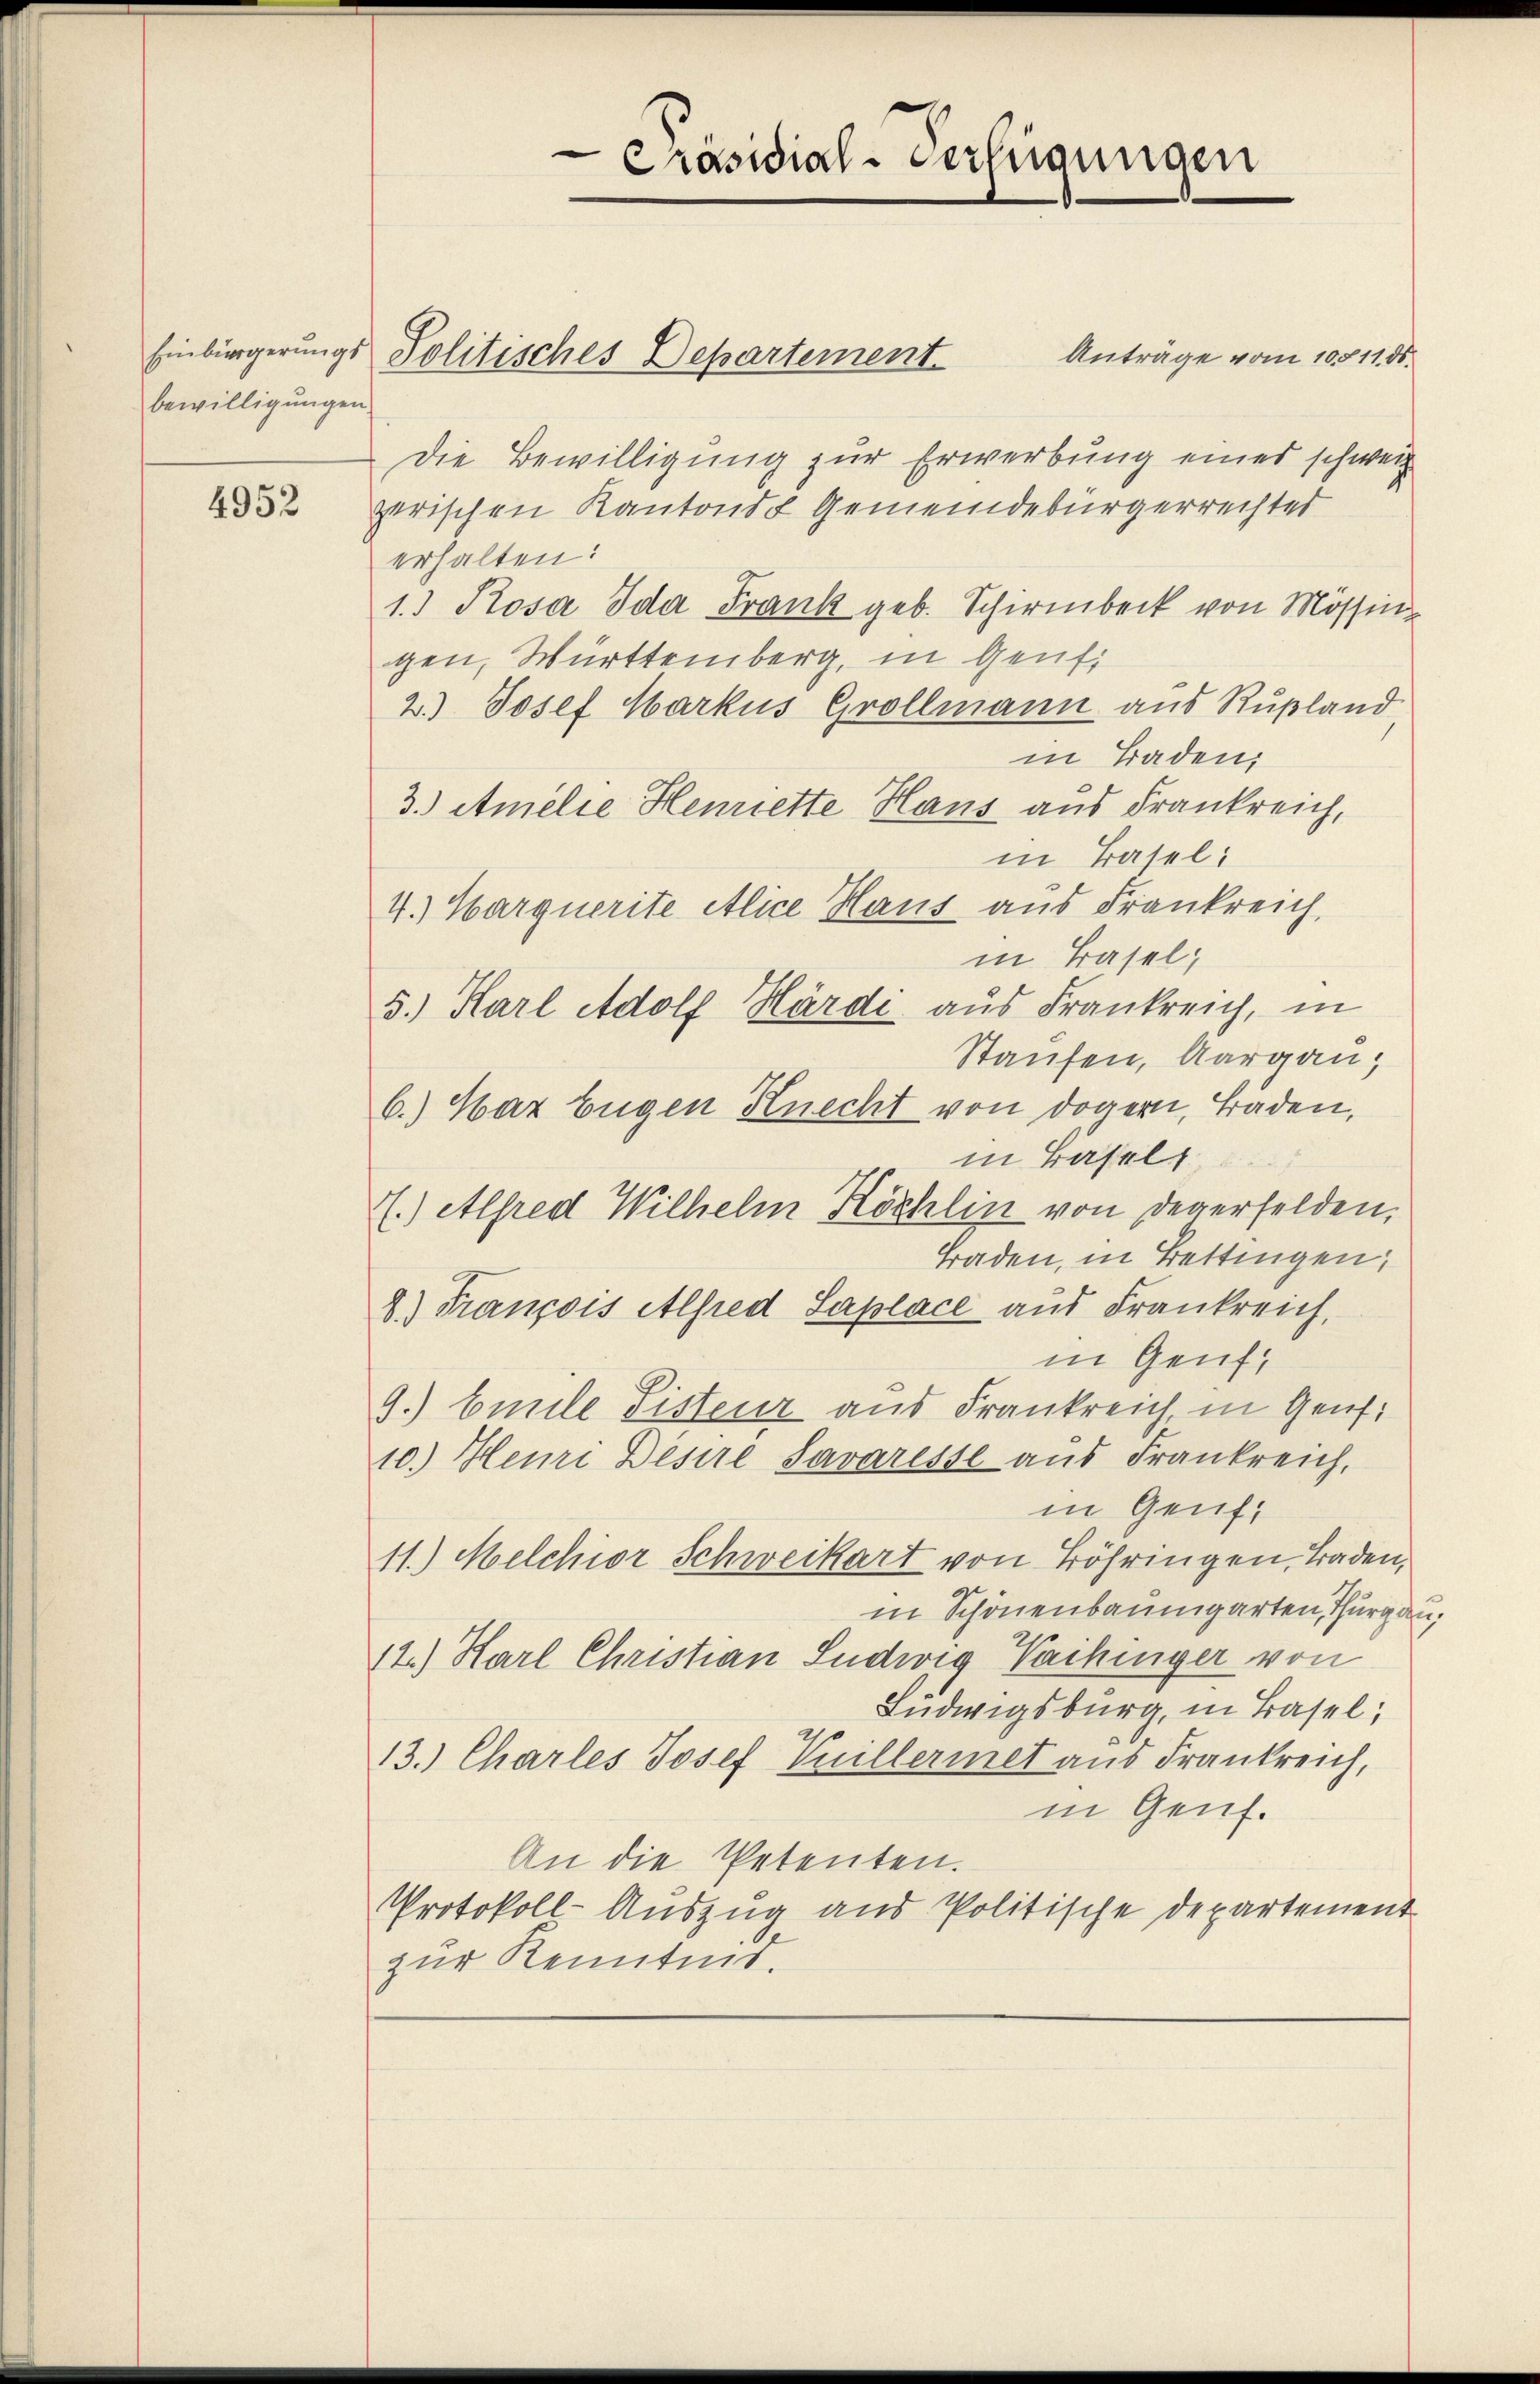
bewilligungen.

4952

Die Bewilligung zur Erwerbung einer schweiz.
zerischen Kantons Gemeindebürgerrechter
erhalten:
1.) Rosa Ida Frank geb. Schirmbeck von Mössin-
gen, Württemberg, in Genf
2.) Josef Markus Grollmann aus Rußland,
in Baden,
3.) Atmelie Henriette Hans aus Frankreich,
in Basel:
4.) Harquerite Alice Haus aus Frankreich,
in Basel;
5.) Karl Adolf Härdi aus Frankreich, in
Staufen, Aargau,
6.) Haz Eigen Knecht von dogern, Baden,
in Basels
(.) Alfred Wilhelm Köchlin von Degerfelden,
Braden, in Bettingen,
8.) François Alfred Saplace aus Frankreich,
in Genf,
9.) beile Listeur aus Frankreich, in Genf
10.) Heuri Desire Savaresse aus Frankreich,
in Genf
11.) Melchior Schweikart von Böhringen, Baden,
in Schönenbaumgarten, Thurg des
12.) Karl Christian Ludwig Vaihinger von
Ludwigsburg, in Basel;
13.) Charles Josef Vuillermet aus Frankreich,
in Genf.
An die Petenten.
Protokoll-Auszug aus Politische Departement
zur Kenntnis.

Einbürgerŭngs Politisches Departement Anträge vom 10511. ds.

Präsidial-Verfügungen

2